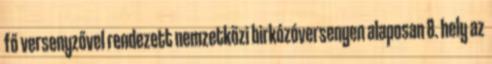
fő versenyzővel rendezett nemzetközi birkózóversenyen alaposan 8. hely az